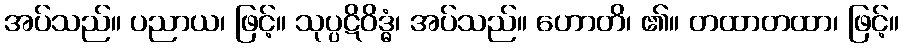
အပ်သည်။ ပညာယ၊ ဖြင့်။ သုပ္ပဋိဝိဒ္ဓံ၊ အပ်သည်။ ဟောတိ၊ ၏။ တထာတထာ၊ ဖြင့်။